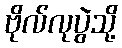
ဗိုလ်လုပွဲသို့